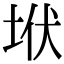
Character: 垘